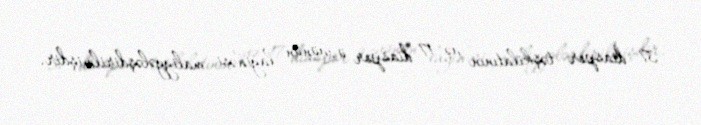
37 diaspor təşkilatının və 17 diaspor üzvünün layihəsi maliyyələşdirilmişdir.